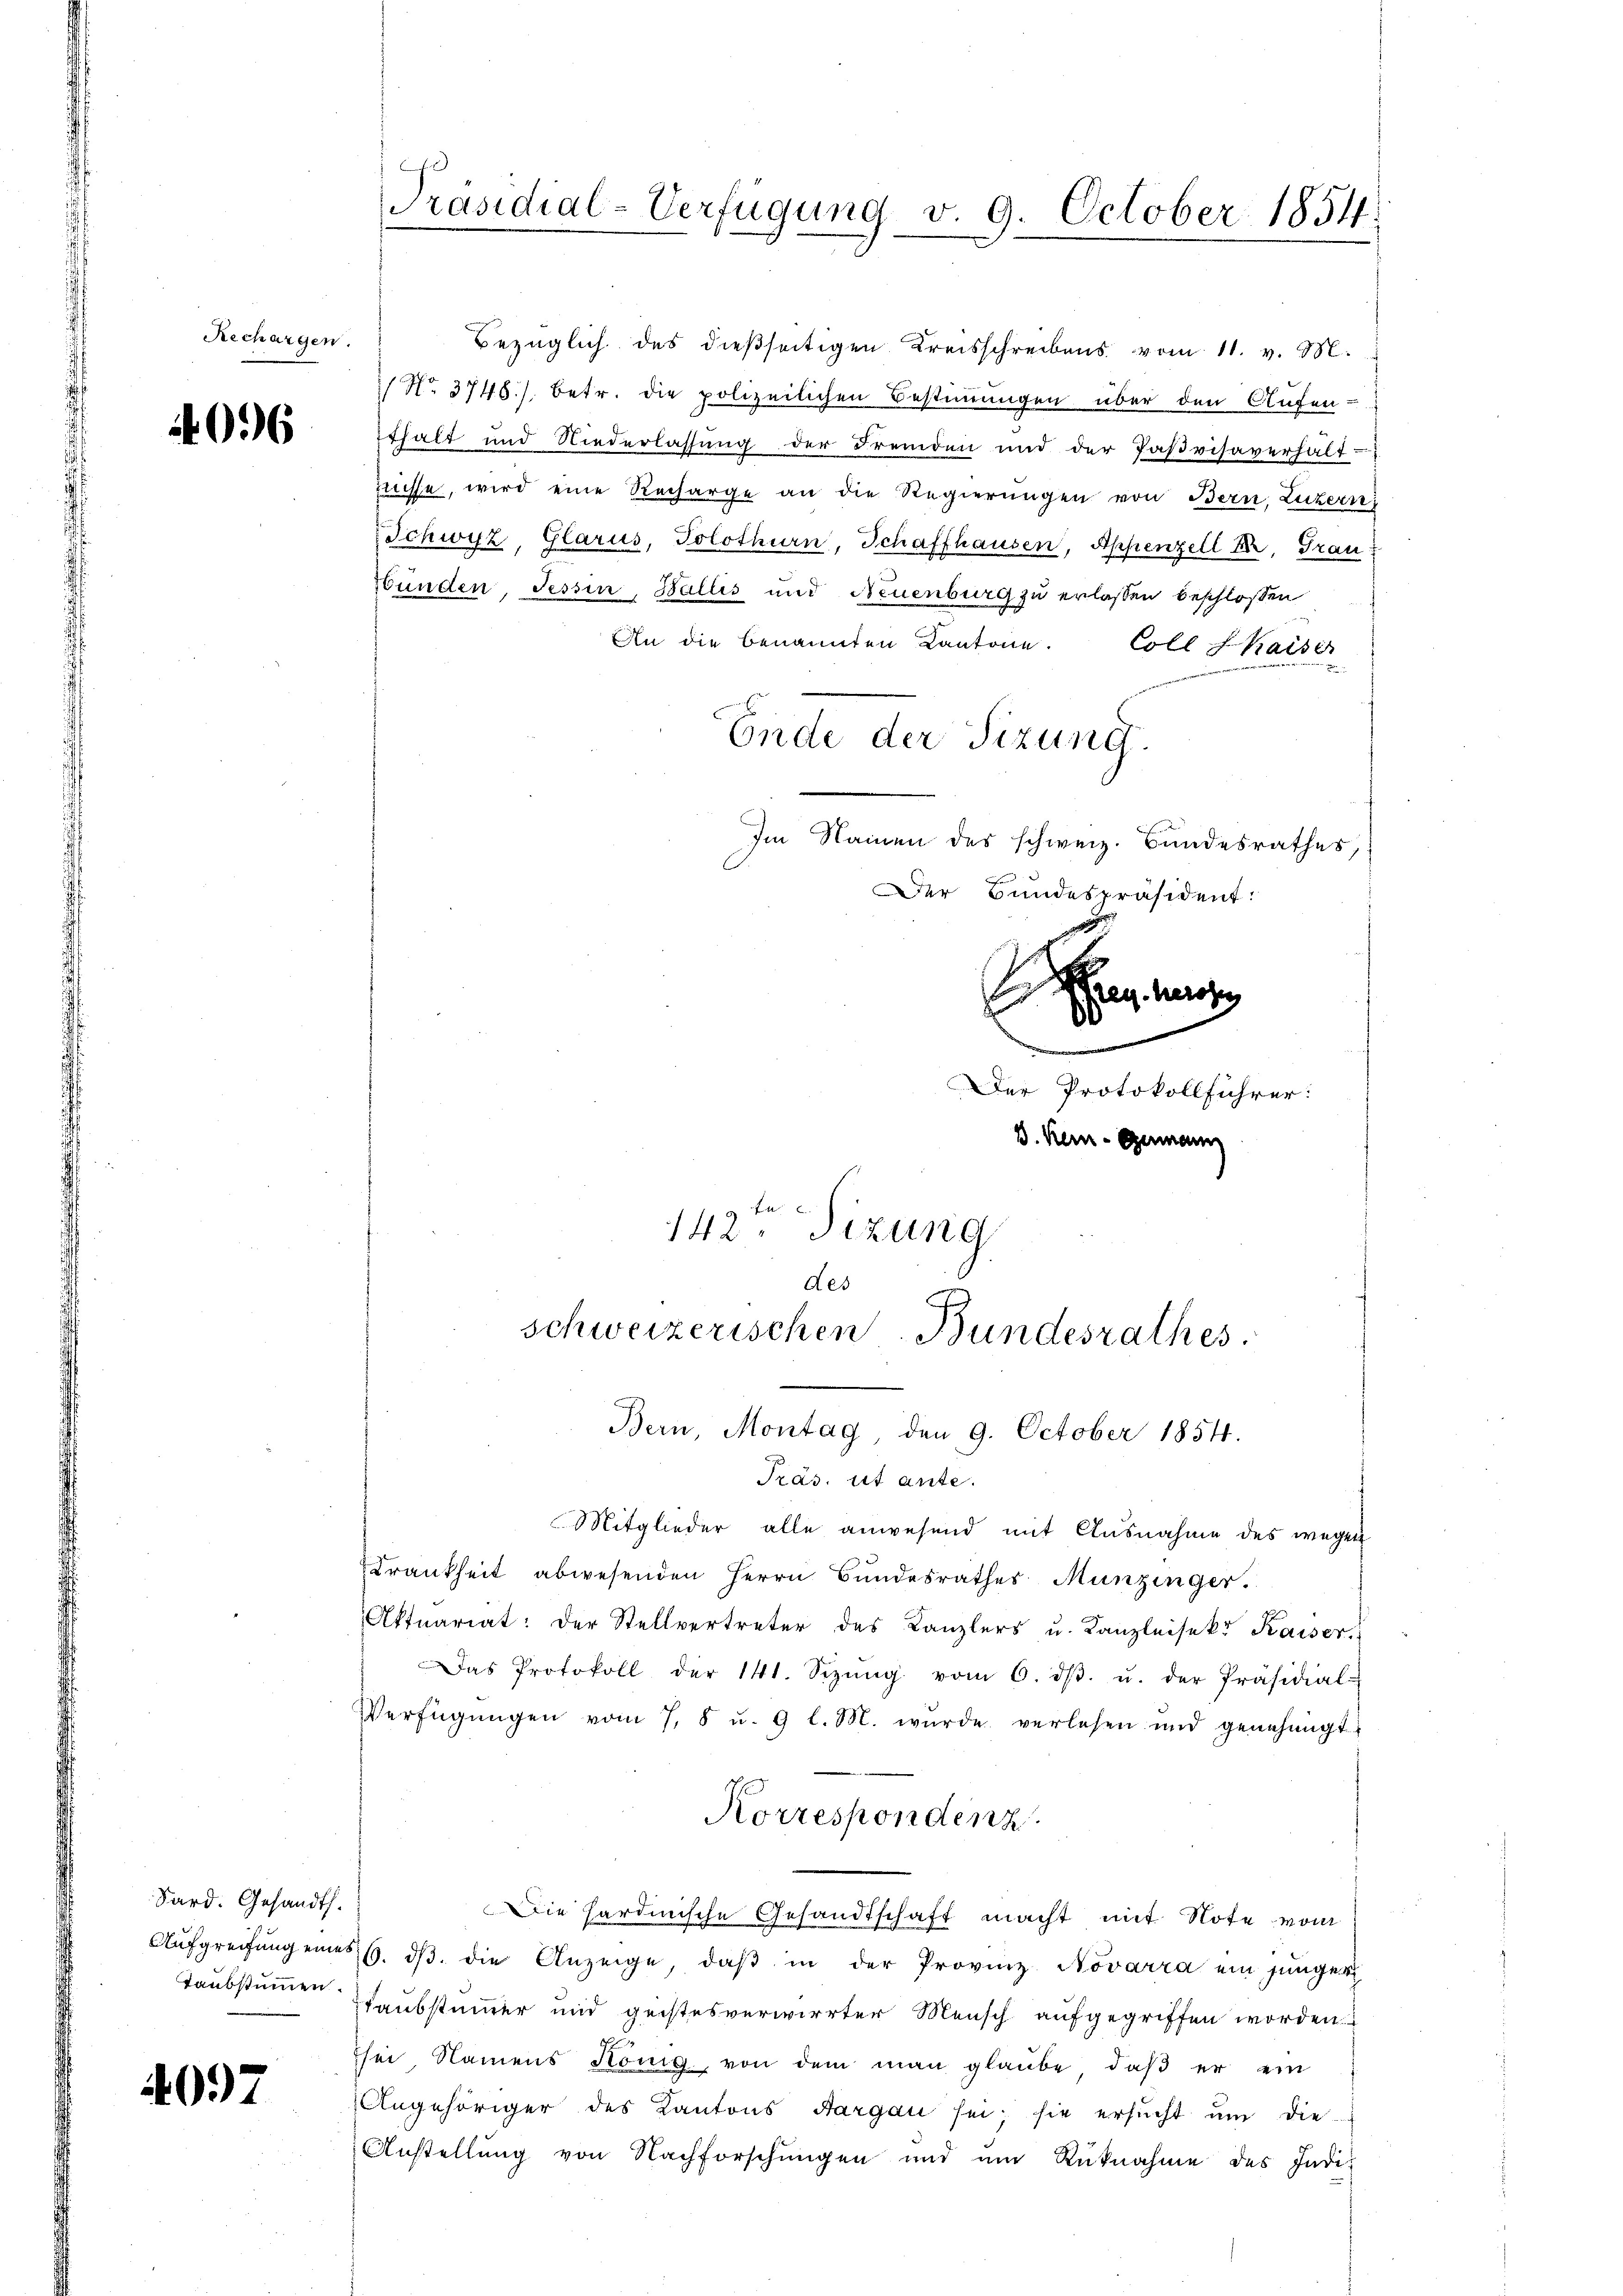
096

Sard. Gesandth.
Taubstummen.

4097

Rechargen.

Präsidial-Verfügung v. 9. October 1854.

bezüglich des dießseitigen Kreisschreibens vom 11. v. M.
/ No. 3748./. betr. die polizeilichen Bestimmungen über den Aufen-
thalt und Niederlassung der Fremden und der Paβvisaverhält-
nüsse, wird eine Recharge an die Regierŭngen von Bern, Luzern
Schwyz, Glarus, Solothurn, Schaffhausen, Appenzell Dr. Trau
bünden, Tessin, Wallis und Neuenburg zu erlassen beschlossen
An die benannten Kantone. Coll Kaiser

Ende der Sizung.
Im Namen des schweiz. Bundesrathes,

Der Bundespräsident:
h
Man werde
0
.
Der Protokollführer:
B. Kein Germann
142ten Sizung
des
schweizerischen Bundesrathes
Bern, Montag, den 9. October 1854.

Präs. ist ante.
Mitglieder alle anwesend mit Ausnahme des wegen
Krankheit abwesenden Herrn Bundesrathes Munzinger.
Aktuariat: der Stellvertreter des Kanzlers u. Kanzleisekt Kaiser.
Das Protokoll der 141. Sizŭng vom 6. dβ. u. der Präsidial-
Verfügŭngen vom 7. 8 u. 9 l. M. wurde verlesen ŭnd genehmigt.
Korrespondenz
Die hardinische Gesandtschaft macht mit Note vom
Aŭfgreifung eines 6. dβ die Anzeige, daβ in der Provinz Novarra ein jünger
Taubstimmer und geistesverwirrter Mensch aufgegriffen worden.
hei Namens König, von dem man glaube, daβ er ein
Angehöriger des Kantons Aargau sei; sie ersŭcht ŭm die-
Anstellung von Nachforschungen und um Rücknahme des Indi-